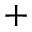
^ +